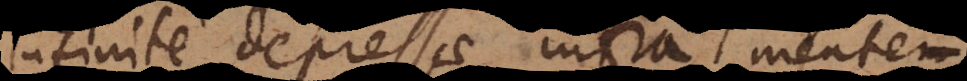
infinite depressae infra mentem